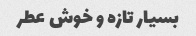
بسیار تازه و خوش عطر